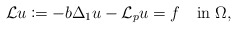
\begin{align*}{\mathcal L}u\coloneqq -b\Delta_{1}u-{\mathcal L}_{p}u=f\quad\textrm{in }\Omega,\end{align*}